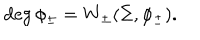
\deg \phi _ { \pm } = W _ { \pm } ( \Sigma , \phi _ { \pm } ) .